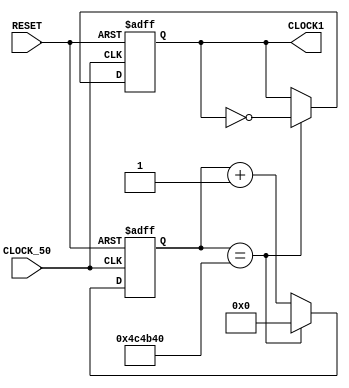
module ONEHZ_CLOCK (CLOCK_50, RESET, CLOCK1);
	
	input CLOCK_50;
	input [0:0] RESET;
	output reg [3:0] CLOCK1;
	
	integer count;
	
	
	always @ (posedge CLOCK_50, negedge RESET)
		
		if (~RESET) //reset
			begin
			count <= 8'd0;
			CLOCK1  <= 8'd0;			
			end
		
		else
	               if (count == 5000000)
				    begin
				    CLOCK1  <= ~CLOCK1;
				    count <= 8'd0;
				    end
			
			       else
				    begin
				    CLOCK1  <= CLOCK1;
				    count <= count + 1'd1;
				    end  

endmodule